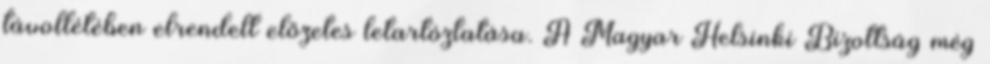
távollétében elrendelt előzetes letartóztatása. A Magyar Helsinki Bizottság még